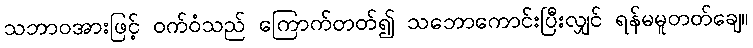
သဘာဝအားဖြင့် ဝက်ဝံသည် ကြောက်တတ်၍ သဘောကောင်းပြီးလျှင် ရန်မမူတတ်ချေ။